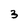
Character: 3